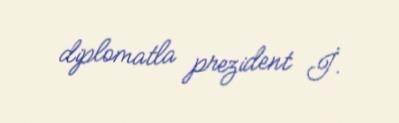
diplomatla prezident İ.